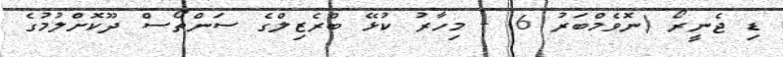
ޑި ޖެނީރޯ (ނޮވެމްބަރު 6) - މިހާރު ކުޅޭ ބްރެޒިލްގެ ސަންތޯސް ދޫކޮށްލުމުގެ